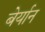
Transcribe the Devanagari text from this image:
बेर्यान